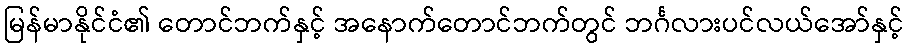
မြန်မာနိုင်ငံ၏ တောင်ဘက်နှင့် အနောက်တောင်ဘက်တွင် ဘင်္ဂလားပင်လယ်အော်နှင့်